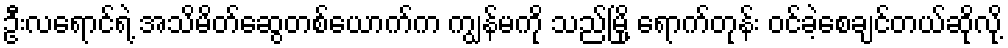
ဦးလရောင်ရဲ့ အသိမိတ်ဆွေတစ်ယောက်က ကျွန်မကို သည်မြို့ ရောက်တုန်း ဝင်ခဲ့စေချင်တယ်ဆိုလို့